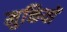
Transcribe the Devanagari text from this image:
मुक्तियों